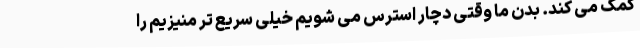
کمک می کند. بدن ما وقتی دچار استرس می شویم خیلی سریع تر منیزیم را